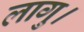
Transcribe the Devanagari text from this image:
लागु।